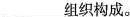
___组织构成。